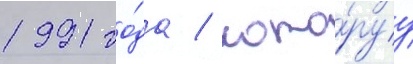
1991 го́да / кото́руу